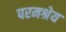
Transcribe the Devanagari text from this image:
परमश्रेय